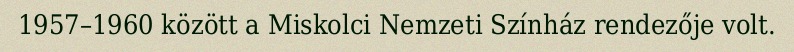
1957–1960 között a Miskolci Nemzeti Színház rendezője volt.